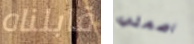
قابلناه اصمتي